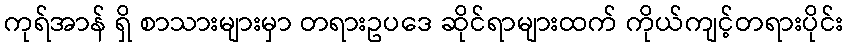
ကုရ်အာန် ရှိ စာသားများမှာ တရားဥပဒေ ဆိုင်ရာများထက် ကိုယ်ကျင့်တရားပိုင်း